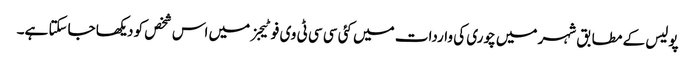
پولیس کے مطابق شہر میں چوری کی واردات میں کئی سی سی ٹی وی فوٹیجز میں اس شخص کو دیکھا جاسکتا ہے۔